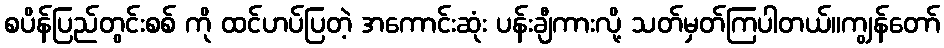
စပိန်ပြည်တွင်းစစ် ကို ထင်ဟပ်ပြတဲ့ အကောင်းဆုံး ပန်းချီကားလို့ သတ်မှတ်ကြပါတယ်။ကျွန်တော်